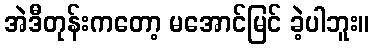
အဲဒီတုန်းကတော့ မအောင်မြင် ခဲ့ပါဘူး။